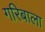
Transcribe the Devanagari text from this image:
गरिबाला